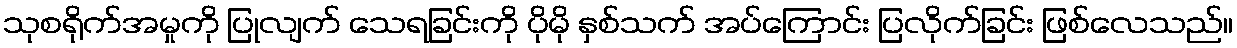
သုစရိုက်အမှုကို ပြုလျက် သေရခြင်းကို ပိုမို နှစ်သက် အပ်ကြောင်း ပြလိုက်ခြင်း ဖြစ်လေသည်။